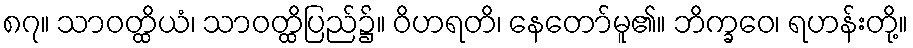
၈၇။ သာဝတ္ထိယံ၊ သာဝတ္ထိပြည်၌။ ဝိဟရတိ၊ နေတော်မူ၏။ ဘိက္ခဝေ၊ ရဟန်းတို့။